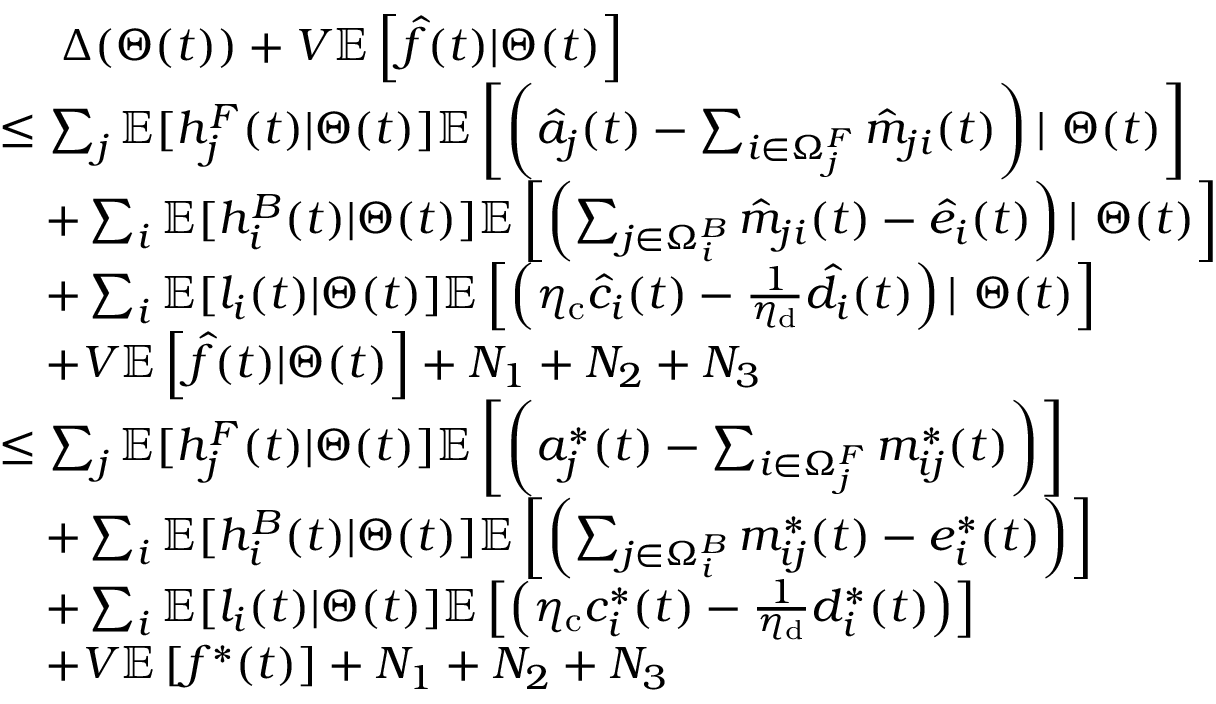
\begin{array} { r l } & { \quad ~ \Delta ( \boldsymbol { \Theta } ( t ) ) + V \mathbb { E } \left[ \hat { f } ( t ) | \boldsymbol { \Theta } ( t ) \right] } \\ & { \le \sum _ { j } \mathbb { E } [ h _ { j } ^ { F } ( t ) | \boldsymbol { \Theta } ( t ) ] \mathbb { E } \left[ \left( \hat { a } _ { j } ( t ) - \sum _ { i \in \Omega _ { j } ^ { F } } \hat { m } _ { j i } ( t ) \right) | ~ \boldsymbol { \Theta } ( t ) \right] } \\ & { \quad + \sum _ { i } \mathbb { E } [ h _ { i } ^ { B } ( t ) | \boldsymbol { \Theta } ( t ) ] \mathbb { E } \left[ \left( \sum _ { j \in \Omega _ { i } ^ { B } } \hat { m } _ { j i } ( t ) - \hat { e } _ { i } ( t ) \right) | ~ \boldsymbol { \Theta } ( t ) \right] } \\ & { \quad + \sum _ { i } \mathbb { E } [ l _ { i } ( t ) | \boldsymbol { \Theta } ( t ) ] \mathbb { E } \left[ \left( \eta _ { \mathrm { c } } \hat { c } _ { i } ( t ) - \frac { 1 } { \eta _ { \mathrm { d } } } \hat { d } _ { i } ( t ) \right) | ~ \boldsymbol { \Theta } ( t ) \right] } \\ & { \quad + V \mathbb { E } \left[ \hat { f } ( t ) | \boldsymbol { \Theta } ( t ) \right] + N _ { 1 } + N _ { 2 } + N _ { 3 } } \\ & { \le \sum _ { j } \mathbb { E } [ h _ { j } ^ { F } ( t ) | \boldsymbol { \Theta } ( t ) ] \mathbb { E } \left[ \left( a _ { j } ^ { * } ( t ) - \sum _ { i \in \Omega _ { j } ^ { F } } m _ { i j } ^ { * } ( t ) \right) \right] } \\ & { \quad + \sum _ { i } \mathbb { E } [ h _ { i } ^ { B } ( t ) | \boldsymbol { \Theta } ( t ) ] \mathbb { E } \left[ \left( \sum _ { j \in \Omega _ { i } ^ { B } } m _ { i j } ^ { * } ( t ) - e _ { i } ^ { * } ( t ) \right) \right] } \\ & { \quad + \sum _ { i } \mathbb { E } [ l _ { i } ( t ) | \boldsymbol { \Theta } ( t ) ] \mathbb { E } \left[ \left( \eta _ { \mathrm { c } } c _ { i } ^ { * } ( t ) - \frac { 1 } { \eta _ { \mathrm { d } } } d _ { i } ^ { * } ( t ) \right) \right] } \\ & { \quad + V \mathbb { E } \left[ f ^ { * } ( t ) \right] + N _ { 1 } + N _ { 2 } + N _ { 3 } } \end{array}